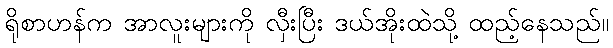
ရိုစာဟန်က အာလူးများကို လှီးပြီး ဒယ်အိုးထဲသို့ ထည့်နေသည်။